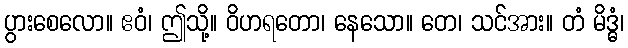
ပွားစေလော။ ဧဝံ၊ ဤသို့။ ဝိဟရတော၊ နေသော။ တေ၊ သင်အား။ တံ မိဒ္ဓံ၊